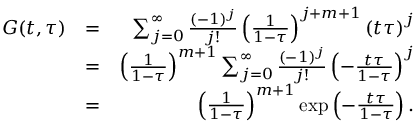
\begin{array} { r l r } { G ( t , \tau ) } & { = } & { \sum _ { j = 0 } ^ { \infty } \frac { ( - 1 ) ^ { j } } { j ! } \left( \frac { 1 } { 1 - \tau } \right) ^ { j + m + 1 } \left( t \tau \right) ^ { j } } \\ & { = } & { \left( \frac { 1 } { 1 - \tau } \right) ^ { m + 1 } \sum _ { j = 0 } ^ { \infty } \frac { ( - 1 ) ^ { j } } { j ! } \left( - \frac { t \tau } { 1 - \tau } \right) ^ { j } } \\ & { = } & { \left( \frac { 1 } { 1 - \tau } \right) ^ { m + 1 } \exp \left( - \frac { t \tau } { 1 - \tau } \right) . } \end{array}